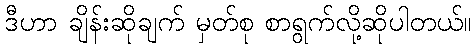
ဒီဟာ ချိန်းဆိုချက် မှတ်စု စာရွက်လို့ဆိုပါတယ်။